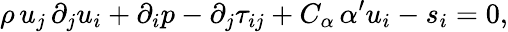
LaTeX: \rho\, u_{j}\, \partial_{j}u_{i}+\partial_{i}p-\partial_{j}\tau_{ij}+C_{\alpha}\, \alpha^{\prime}u_{i}-s_{i}=0,